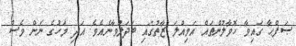
ޞަފްޙާ ގައިވާ ހޮވާލުންތައް އަމިއްލަ ޒާތުގައި ބަދަލުވާނެއެވެ. އަދި މަހުގެ ނަން ވެސް